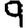
Digit: 9